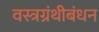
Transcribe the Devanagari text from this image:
वस्त्रग्रंथीबंधन